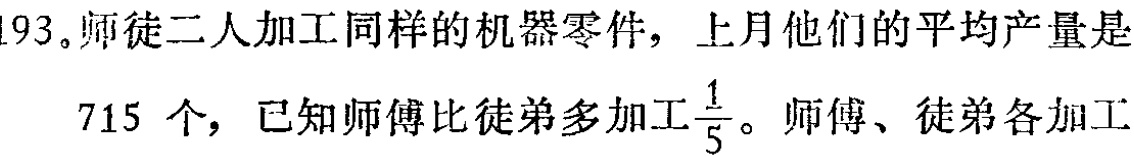
193.师徒二人加工同样的机器零件，上月他们的平均产量是

715 个，已知师傅比徒弟多加工$\frac{1}{5}$。师傅、徒弟各加工